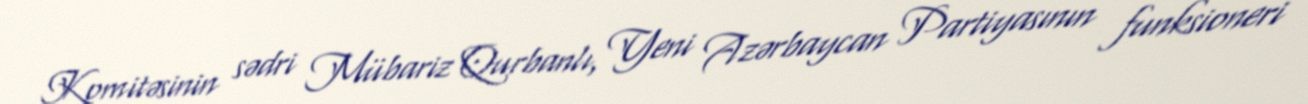
Komitəsinin sədri Mübariz Qurbanlı, Yeni Azərbaycan Partiyasının funksioneri